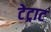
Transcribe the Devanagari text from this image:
टेट्राट